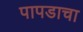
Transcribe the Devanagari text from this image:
पापडाचा